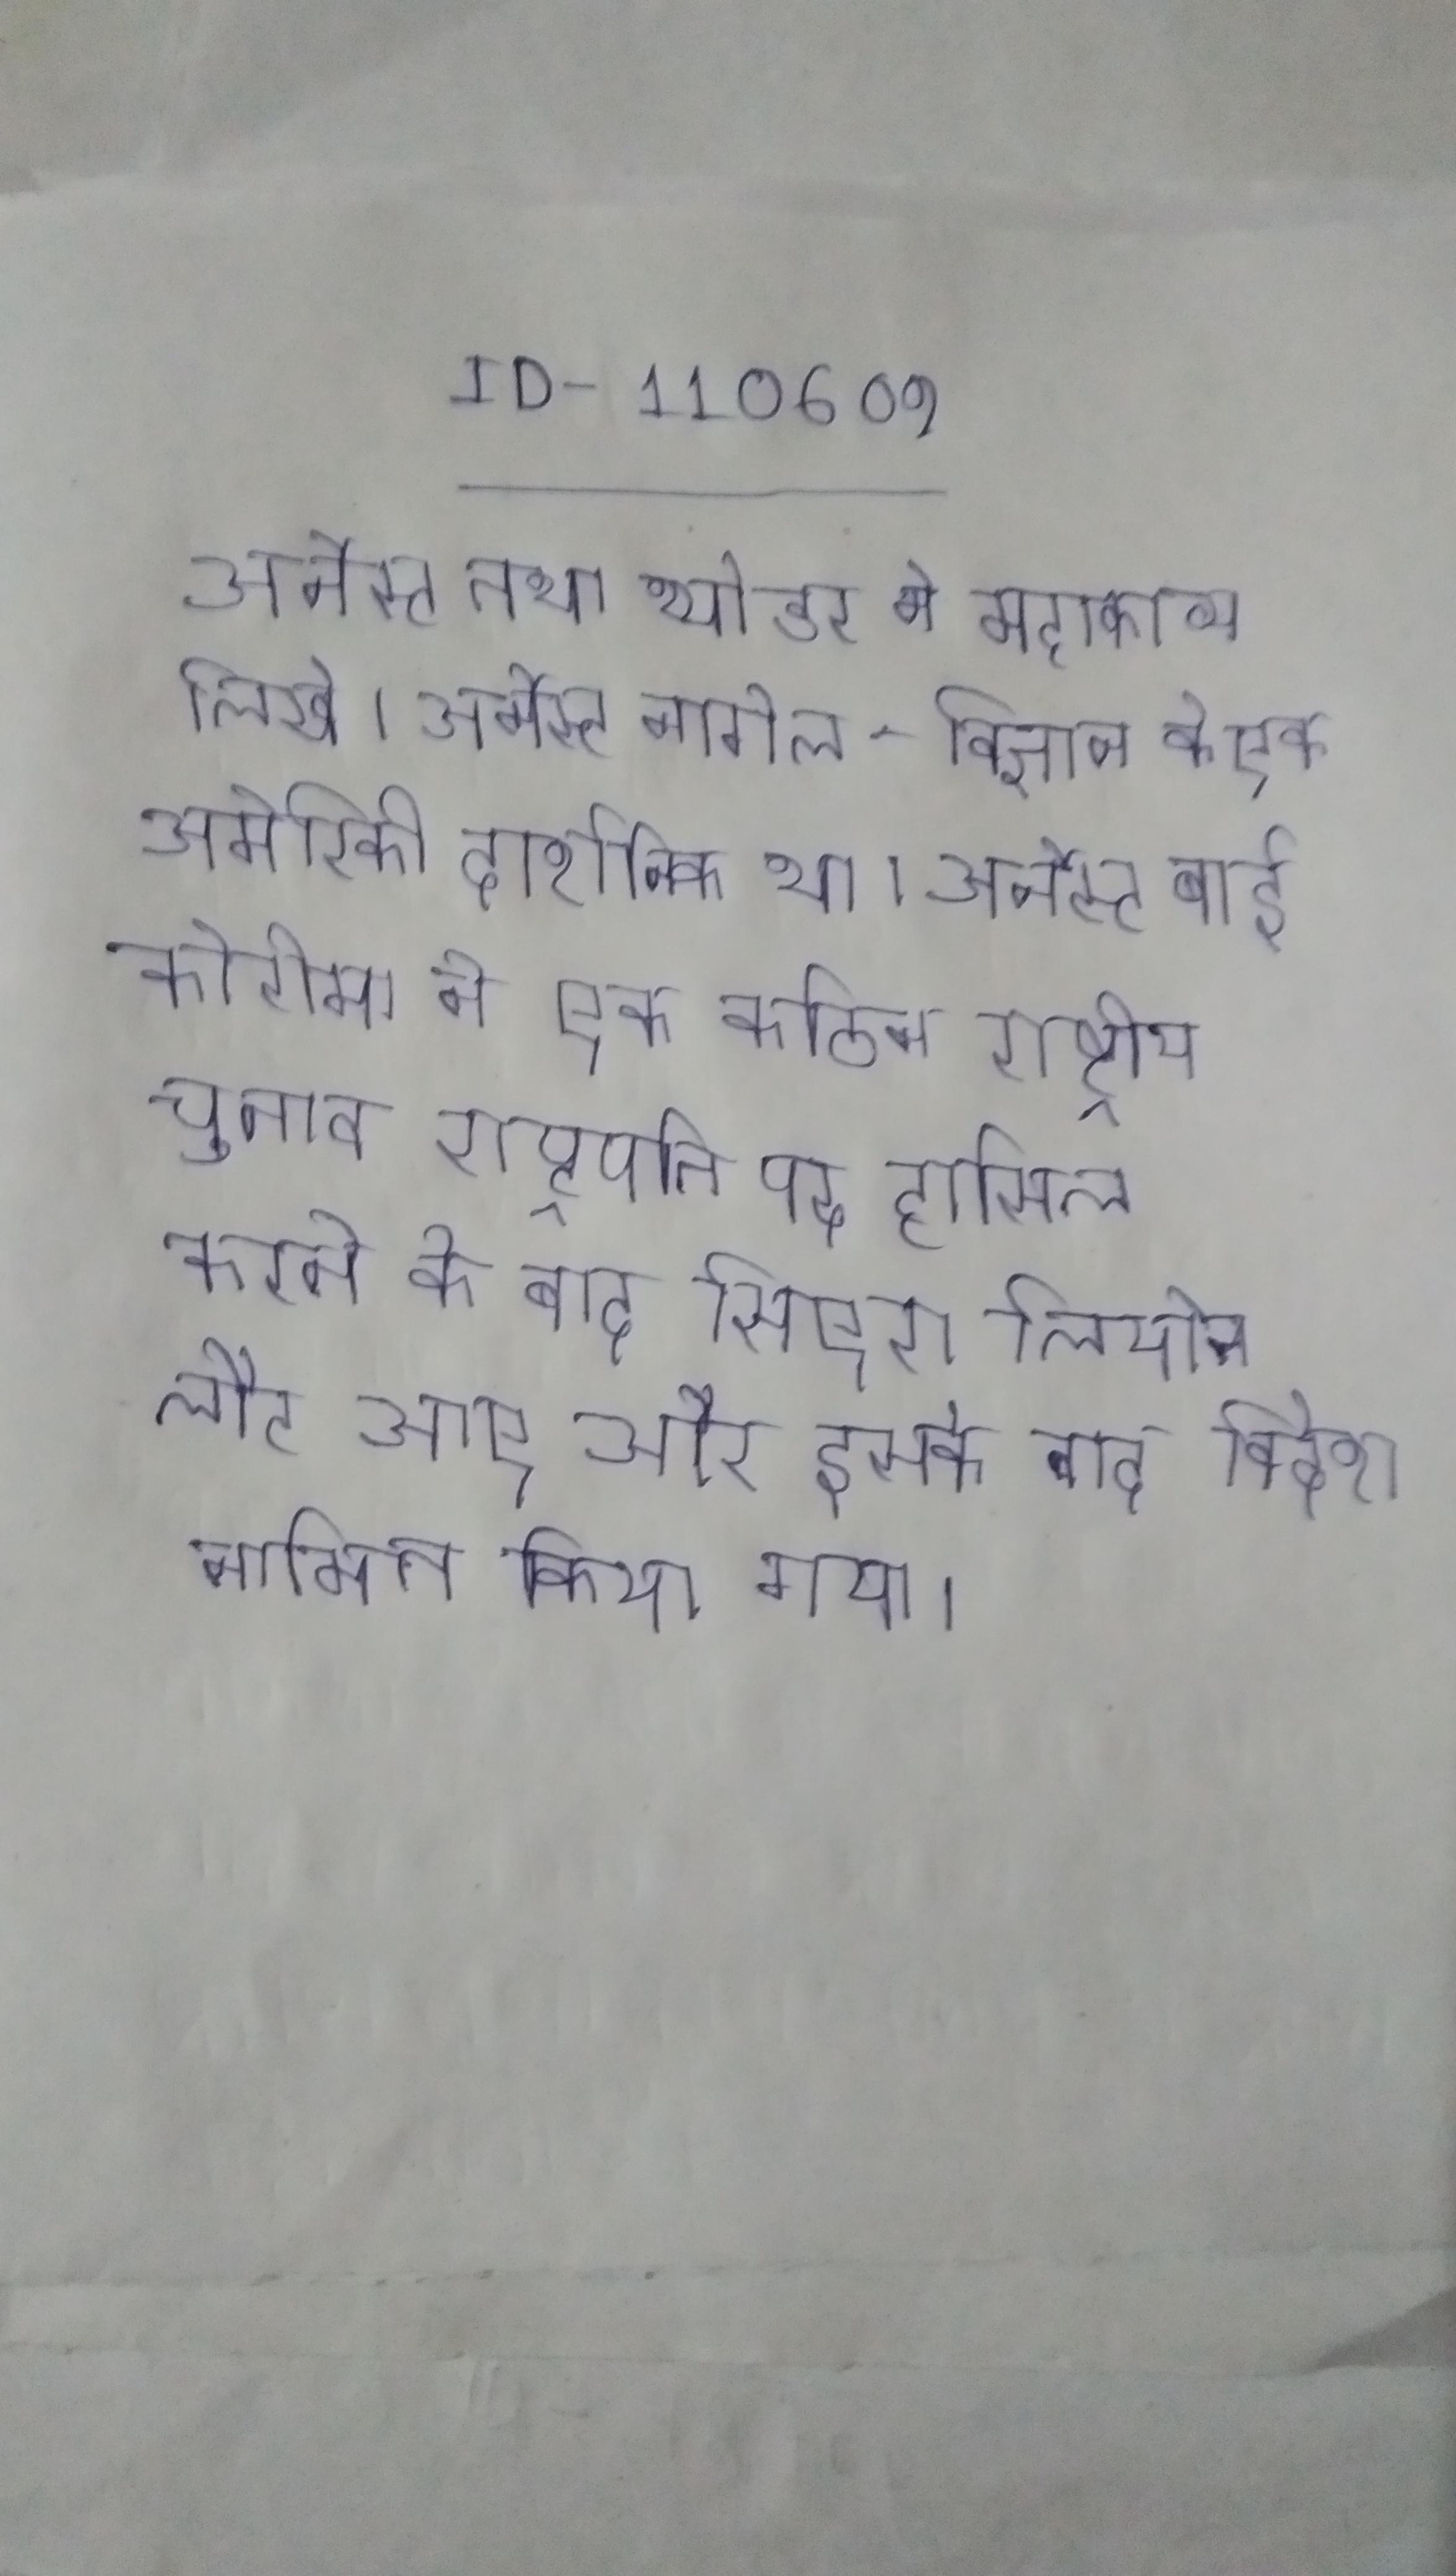
अर्नेस्ट तथा थ्योडर ने महाकाव्य लिखे । अर्नेस्ट नागेल - विज्ञान के एक अमेरिकी दार्शनिक था । अर्नेस्ट बाई कोरोमा ने एक कठिन राष्ट्रीय चुनाव राष्ट्रपति पद हासिल करने के बाद सिएरा लियोन लौट आए और इसके बाद विदेश नामित किया गया ।